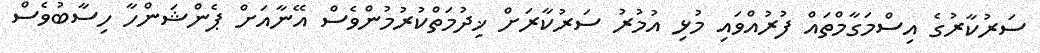
ސަރުކާރުގެ އިސްމަގާމްތައް ފުރުއްވައި މުޅި އުމުރު ސަރުކާރަށް ޚިދުމަތްކުރުމުންވެސް އޭނާއަށް ޕެންޝަންހާ ހިސާބުވެސް